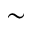
\sim